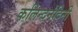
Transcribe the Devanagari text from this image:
कलिन्दनंदिनी